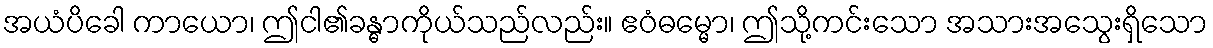
အယံပိခေါ ကာယော၊ ဤငါ၏ခန္ဓာကိုယ်သည်လည်း။ ဧဝံဓမ္မော၊ ဤသို့ကင်းသော အသားအသွေးရှိသော